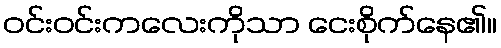
ဝင်းဝင်းကလေးကိုသာ ငေးစိုက်နေ၏။